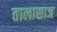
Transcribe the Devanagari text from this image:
तालासाज